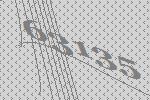
63135